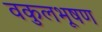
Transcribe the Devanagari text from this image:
वकुलभूषण